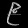
Digit: ၉